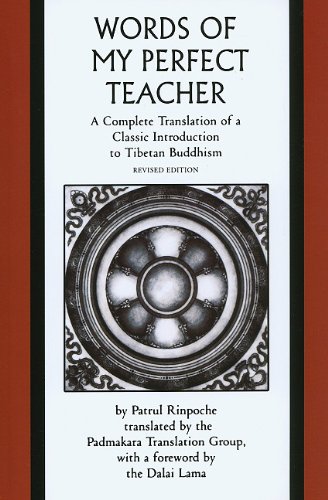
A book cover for Words of My Perfect Teacher: A Complete Translation of a Classic Introduction to Tibetan Buddhism (Sacred Literature); Patrul Rinpoche; Religion & Spirituality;